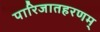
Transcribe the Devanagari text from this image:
पारिजातहरणम्